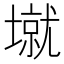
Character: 𰊱